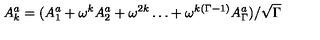
A _ { k } ^ { a } = ( A _ { 1 } ^ { a } + \omega ^ { k } A _ { 2 } ^ { a } + \omega ^ { 2 k } \ldots + \omega ^ { k ( \Gamma - 1 ) } A _ { \Gamma } ^ { a } ) / \sqrt { \Gamma }